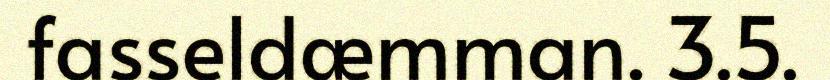
fasseldæmman. 3.5.